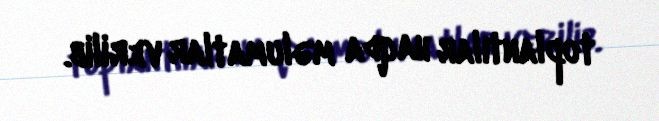
toplantılar haqda məlumatlar verilib.